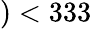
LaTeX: )<333